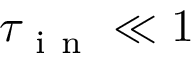
\tau _ { \mathrm { ~ i ~ n ~ } } \ll 1